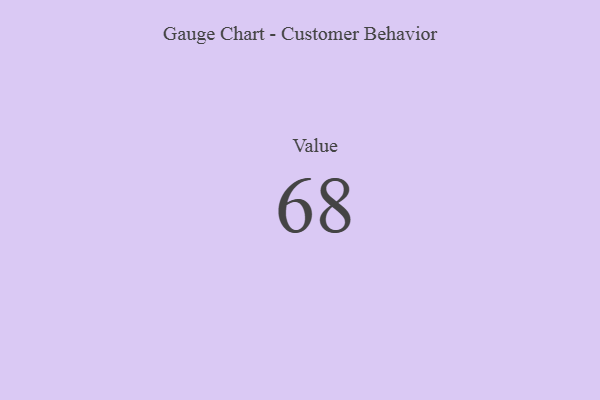
{"axis": {"x": "Metric", "y": "Value"}, "legend": [""], "data": [{"x": "Value", "y": 68, "type": ""}]}